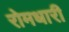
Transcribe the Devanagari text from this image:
रोमधारी